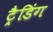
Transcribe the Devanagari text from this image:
ट्रैडिंग